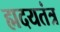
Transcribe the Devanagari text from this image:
ह्मदयतंत्र